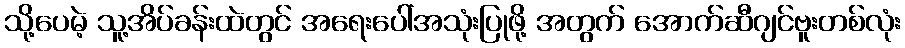
သို့ပေမဲ့ သူ့အိပ်ခန်းထဲတွင် အရေးပေါ်အသုံးပြုဖို့ အတွက် အောက်ဆီဂျင်ဗူးတစ်လုံး